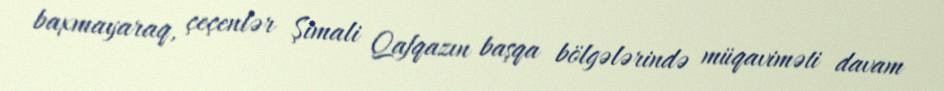
baxmayaraq, çeçenlər Şimali Qafqazın başqa bölgələrində müqaviməti davam